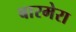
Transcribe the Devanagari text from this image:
बारमेरा